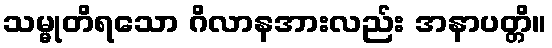
သမ္မုတိရသော ဂိလာနအားလည်း အနာပတ္တိ။